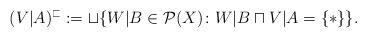
LaTeX: \begin{align*}(V|A)^\sqsubset:=\sqcup\{W|B\in\mathcal{P}(X)\colon W|B\sqcap V|A=\{\ast\}\}. \end{align*}